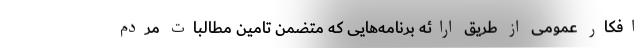
افکار عمومی از طریق ارائه برنامه‌هایی که متضمن تامین مطالبات مردم